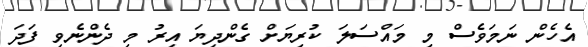
އެހެން ނަމަވެސް މި މައްސަލަ ކުރިޔަށް ގެންދިޔަ އިރު މި ދެންނެވި ފަދަ